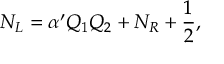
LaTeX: N _ { L } = \alpha ^ { \prime } Q _ { 1 } Q _ { 2 } + N _ { R } + { \frac { 1 } { 2 } } ,